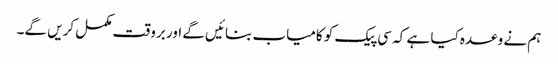
ہم نے وعدہ کیا ہے کہ سی پیک کو کامیاب بنائیں گے اور بروقت مکمل کریں گے۔